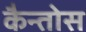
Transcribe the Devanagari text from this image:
कैन्तोस